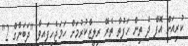
ކުރިއަށް އޮފް ދެ ތިން ހަފުތާ ތެރޭ ރިލީޒްކުރުމަށް ހަމަޖެހިފައިވާ "ދަބަންގް 2"